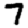
Digit: 7